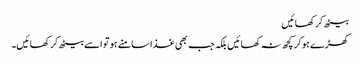
بیٹھ کر کھائیں
کھڑے ہوکر کچھ نہ کھائیں بلکہ جب بھی غذا سامنے ہو تو اسے بیٹھ کر کھائیں۔